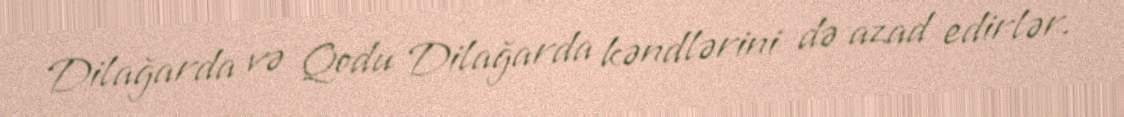
Dilağarda və Qodu Dilağarda kəndlərini də azad edirlər.